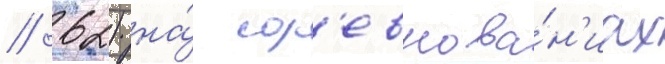
/ 62) на́ сор'евнова́н'иах